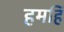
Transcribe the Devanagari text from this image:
हमहिं